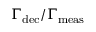
\Gamma _ { \mathrm { d e c } } / \Gamma _ { \mathrm { m e a s } }